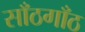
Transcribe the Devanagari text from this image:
साँठगाँठ